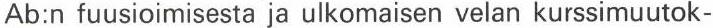
Ab:n fuusioimisesta ja ulkomaisen velan kurssimuutok-